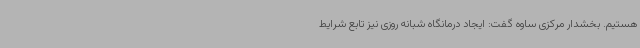
هستیم. بخشدار مرکزی ساوه گفت: ایجاد درمانگاه شبانه روزی نیز تابع شرایط